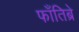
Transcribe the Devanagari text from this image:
फाँतिब्रे